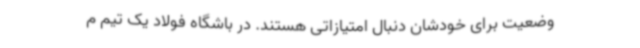
وضعیت برای خودشان دنبال امتیازاتی هستند. در باشگاه فولاد یک تیم م